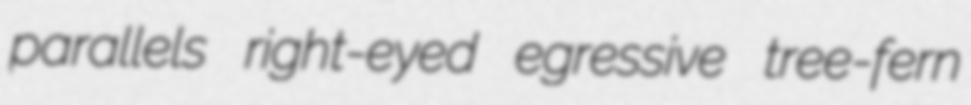
parallels right-eyed egressive tree-fern